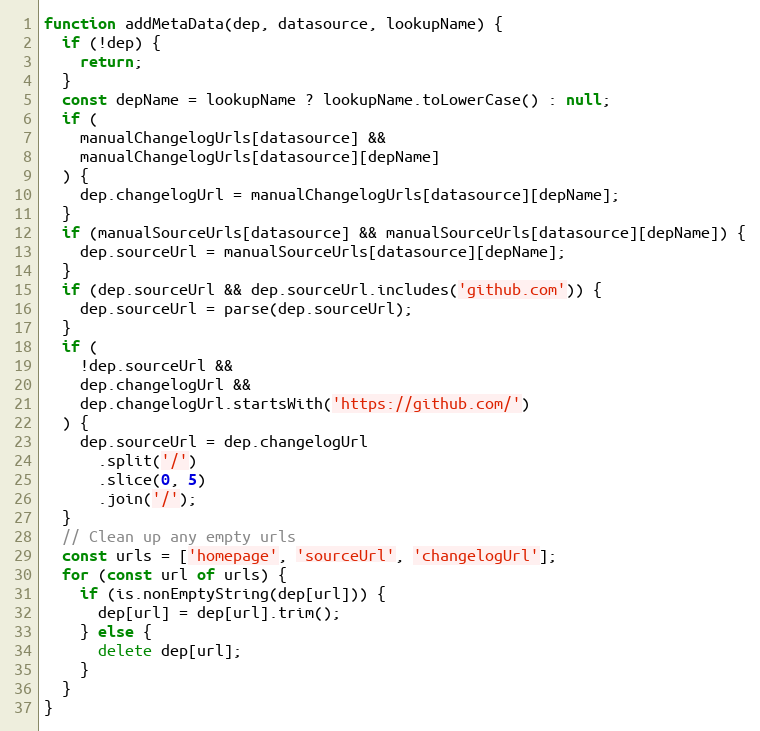
Language: JavaScript
function addMetaData(dep, datasource, lookupName) {
  if (!dep) {
    return;
  }
  const depName = lookupName ? lookupName.toLowerCase() : null;
  if (
    manualChangelogUrls[datasource] &&
    manualChangelogUrls[datasource][depName]
  ) {
    dep.changelogUrl = manualChangelogUrls[datasource][depName];
  }
  if (manualSourceUrls[datasource] && manualSourceUrls[datasource][depName]) {
    dep.sourceUrl = manualSourceUrls[datasource][depName];
  }
  if (dep.sourceUrl && dep.sourceUrl.includes('github.com')) {
    dep.sourceUrl = parse(dep.sourceUrl);
  }
  if (
    !dep.sourceUrl &&
    dep.changelogUrl &&
    dep.changelogUrl.startsWith('https://github.com/')
  ) {
    dep.sourceUrl = dep.changelogUrl
      .split('/')
      .slice(0, 5)
      .join('/');
  }
  // Clean up any empty urls
  const urls = ['homepage', 'sourceUrl', 'changelogUrl'];
  for (const url of urls) {
    if (is.nonEmptyString(dep[url])) {
      dep[url] = dep[url].trim();
    } else {
      delete dep[url];
    }
  }
}